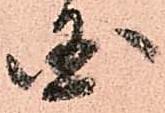
国